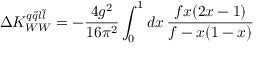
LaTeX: \Delta K _ { W W } ^ { q \tilde { q } l \tilde { l } } = - \frac { 4 g ^ { 2 } } { 1 6 \pi ^ { 2 } } \int _ { 0 } ^ { 1 } d x \, \frac { f x ( 2 x - 1 ) } { f - x ( 1 - x ) }